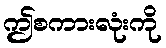
ဤစကားလုံးကို